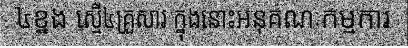
៤ខ្នង ស្មើ៤គ្រួសារ ក្នុងនោះអនុគណៈកម្មការ